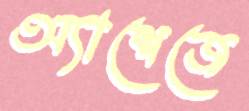
অ্যাশেজে